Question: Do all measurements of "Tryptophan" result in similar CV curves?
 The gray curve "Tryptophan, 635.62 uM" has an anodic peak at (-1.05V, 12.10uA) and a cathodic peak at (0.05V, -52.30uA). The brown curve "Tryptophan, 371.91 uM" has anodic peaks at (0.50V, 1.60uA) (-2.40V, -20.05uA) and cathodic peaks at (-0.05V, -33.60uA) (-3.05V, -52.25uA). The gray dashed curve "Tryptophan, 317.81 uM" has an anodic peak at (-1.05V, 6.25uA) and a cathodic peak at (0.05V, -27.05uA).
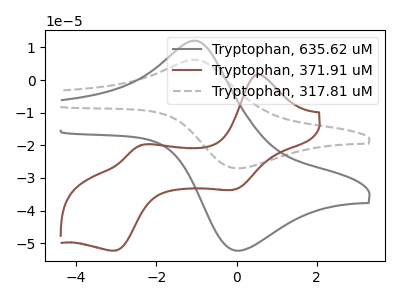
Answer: <think>"Tryptophan, 635.62 uM" and "Tryptophan, 371.91 uM" have a different number of peaks. All the peaks in "Tryptophan, 635.62 uM" have a peak in "Tryptophan, 317.81 uM" at the same potential. Every peak in "Tryptophan, 635.62 uM" is higher than every peak in "Tryptophan, 317.81 uM". "Tryptophan, 371.91 uM" and "Tryptophan, 317.81 uM" have a different number of peaks.
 </think>
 <answer>All the CV's of "Tryptophan" have similar shape.</answer>
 <eval>follow_rule</eval>